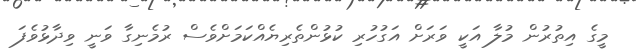
މީގެ އިތުރުން މުލާ އަކީ ވަރަށް އަގުހުރި ކުޅުންތެރިޔެއްކަމަށްވެސް ރުމެނިގާ ވަނީ ވިދާޅުވެފަ